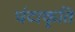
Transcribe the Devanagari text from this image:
घंटाकृति